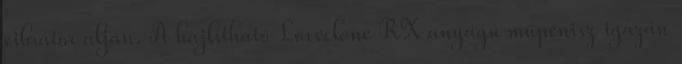
vibrátor alján. A hajlítható Loveclone RX anyagú műpénisz igazán